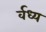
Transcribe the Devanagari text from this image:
र्वध्य